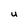
Character: u